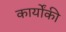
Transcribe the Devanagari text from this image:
कार्योंकी